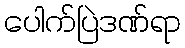
ပေါက်ပြဲဒဏ်ရာ